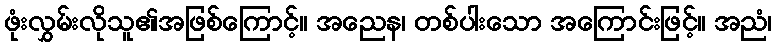
ဖုံးလွှမ်းလိုသူ၏အဖြစ်ကြောင့်။ အညေန၊ တစ်ပါးသော အကြောင်းဖြင့်။ အညံ၊